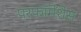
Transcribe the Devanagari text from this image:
परफॉमेंशेस